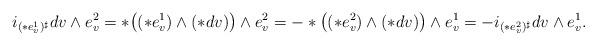
LaTeX: \begin{align*} \begin{aligned} i_{(\ast e_{v}^{1})^{\sharp}}dv\wedge e_{v}^{2} =\ast\big((\ast e_{v}^{1})\wedge(\ast dv)\big)\wedge e_{v}^{2}=-\ast\big((\ast e_{v}^{2})\wedge(\ast dv)\big)\wedge e_{v}^{1} =-i_{(\ast e_{v}^{2})^{\sharp}}dv\wedge e_{v}^{1}. \end{aligned} \end{align*}